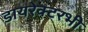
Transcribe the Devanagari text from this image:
डायरेक्टरभी